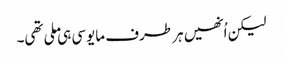
لیکن اُنھیں ہر طرف مایوسی ہی ملی تھی۔